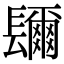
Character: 镾